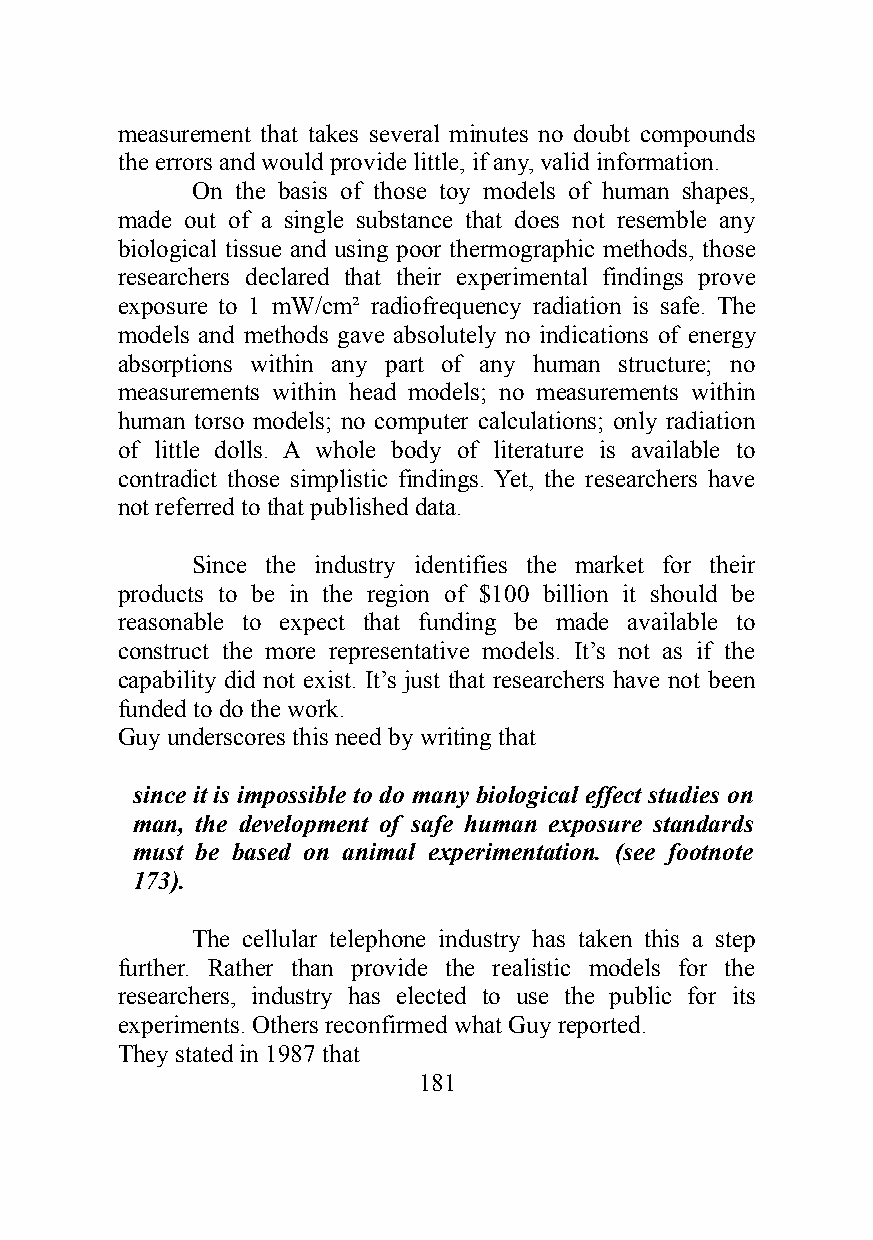
measurement that takes several minutes no doubt compounds
 the errors and would provide little, if any, valid information.
 On the basis of those toy models of human shapes,
 made out of a single substance that does not resemble any
 biological tissue and using poor thermographic methods, those
 researchers declared that their experimental findings prove
 exposure to 1 mW/cm² radiofrequency radiation is safe. The
 models and methods gave absolutely no indications of energy
 absorptions within any part of any human structure; no
 measurements within head models; no measurements within
 human torso models; no computer calculations; only radiation
 of little dolls. A whole body of literature is available to
 contradict those simplistic findings. Yet, the researchers have
 not referred to that published data.
 Since the industry identifies the market for their
 products to be in the region of $100 billion it should be
 reasonable to expect that funding be made available to
 construct the more representative models. It’s not as if the
 capability did not exist. It’s just that researchers have not been
 funded to do the work.
 Guy underscores this need by writing that
 since it is impossible to do many biological effect studies on
 man, the development of safe human exposure standards
 must be based on animal experimentation. (see footnote
 173).
 The cellular telephone industry has taken this a step
 further. Rather than provide the realistic models for the
 researchers, industry has elected to use the public for its
 experiments. Others reconfirmed what Guy reported.
 They stated in 1987 that
 181